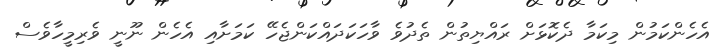
އެހެންކަމުން މިކަމާ ދެކޮޅަށް ރައްޔިތުން ތެދުވެ ވާހަކަދައްކަންޖެހޭ ކަމަށާއި އެހެން ނޫނީ ވެރިމީހާވެސް